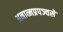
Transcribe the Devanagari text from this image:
अनात्मप्रपञ्चसे